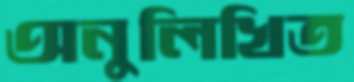
অনুলিখিত